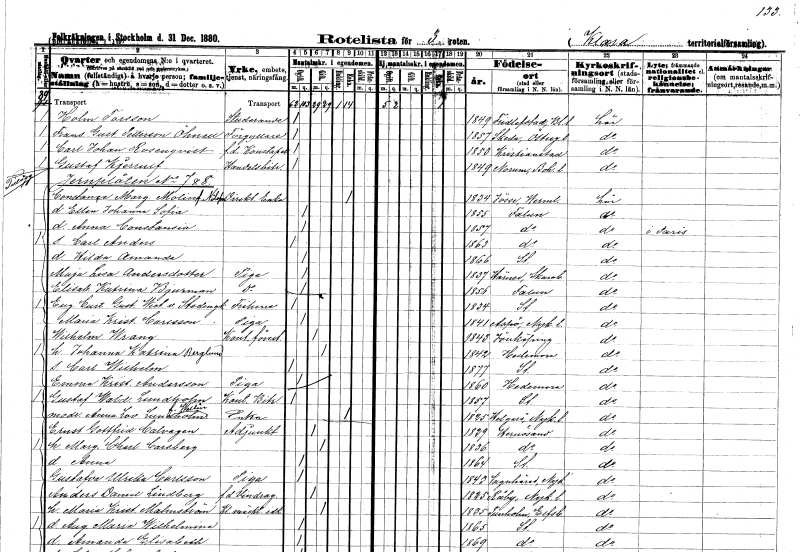
gt_parse: households: individuals: EN: Holm Torsson
YRKE: Studerande
KON: M
CIV: O
FODAR: 1849
FODFORS: Fridlevstad Blekinge län
FN: Frans Gustaf
EN: Petterson Öhnell
YRKE: Förgyllare
KON: M
CIV: O
FODAR: 1857
FODFORS: Skeda Östergötlands län
FN: Carl Johan
EN: Rosenqvist
YRKE: Konstapel f.d.
KON: M
CIV: O
FODAR: 1853
FODFORS: Kristianstad Kristianstads län
FN: Gustaf
EN: Kjerrulf
YRKE: Handelsbiträde
KON: M
CIV: O
FODAR: 1849
FODFORS: Norum Göteborgs- och Bohuslän
FN: Constance Margareta
EN: Molin Nilson
YRKE: Direktörsänka
KON: K
CIV: E
FODAR: 1834
FODFORS: Jösse Ny Värmlands län
FN: Ellen Johanna Sofia
KON: K
CIV: O
FODAR: 1855
FODFORS: Falun Kopparbergs län
FN: Anna Constansia
KON: K
CIV: O
FODAR: 1857
FODFORS: Falun Kopparbergs län
FN: Carl Anders
KON: M
CIV: O
FODAR: 1863
FODFORS: Falun Kopparbergs län
FN: Hilda Amanda
KON: K
CIV: O
FODAR: 1866
FODFORS: Stockholm
FN: Maja Lisa
EN: Andersdotter
YRKE: Piga
KON: K
CIV: O
FODAR: 1837
FODFORS: Härene Skaraborgs län
FN: Elisabet Katrina
EN: Bjurman
YRKE: Piga
KON: K
CIV: O
FODAR: 1856
FODFORS: Falun Kopparbergs län
FN: Eugen Curt Gustaf Wictor
EN: v. Stedingk
KON: M
CIV: O
FODAR: 1834
FODFORS: Stockholm
FN: Maria Kristina
EN: Carlsson
YRKE: Piga
KON: K
CIV: O
FODAR: 1841
FODFORS: Aspö Södermanlands län
FN: Wilhelm
EN: Wrang
YRKE: Kontorsföreståndare
KON: M
CIV: G
FODAR: 1843
FODFORS: Jönköping Jönköpings län
FN: Johanna Katrina
EN: Berglund
KON: K
CIV: G
FODAR: 1842
FODFORS: Hedemora Kopparbergs län
FN: Carl Wilhelm
KON: M
CIV: O
FODAR: 1877
FODFORS: Stockholm
FN: Emma Kristina
EN: Andersson
YRKE: Piga
KON: K
CIV: O
FODAR: 1860
FODFORS: Hedemora Kopparbergs län
FN: Gustaf Waldemar
EN: Lundholm
YRKE: Kontorsbiträde
KON: M
CIV: O
FODAR: 1857
FODFORS: Stockholm
FN: Anna Lovisa
EN: Lundholm Wallin
YRKE: Änka
KON: K
CIV: E
FODAR: 1825
FODFORS: Helgarö Södermanlands län
FN: Ernst Gottfrid
EN: Calvagen
YRKE: Adjunkt
KON: M
CIV: G
FODAR: 1829
FODFORS: Härnösand Västernorrlands län
FN: Margareta Charlotta
EN: Carsberg
KON: K
CIV: G
FODAR: 1836
FODFORS: Härnösand Västernorrlands län
FN: Anna
KON: K
CIV: O
FODAR: 1864
FODFORS: Stockholm
FN: Gustafva Ulrika
EN: Carlsson
YRKE: Piga
KON: K
CIV: O
FODAR: 1843
FODFORS: Vagnhärad Södermanlands län
FN: Anders Daniel
EN: Lindberg
YRKE: Vindragare
KON: M
CIV: G
FODAR: 1825
FODFORS: Råby Södermanlands län
FN: Maria Kristina
EN: Malmström
YRKE: Klädmäklareidkerska
KON: K
CIV: G
FODAR: 1835
FODFORS: Tunhem Älvsborgs län
FN: Augusta Maria Wilhelmina
KON: K
CIV: O
FODAR: 1865
FODFORS: Stockholm
FN: Amanda Elisabeth
KON: K
CIV: O
FODAR: 1869
FODFORS: Stockholm